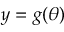
y = g ( \theta )